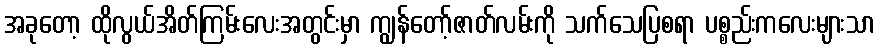
အခုတော့ ထိုလွယ်အိတ်ကြမ်းလေးအတွင်းမှာ ကျွန်တော့်ဇာတ်လမ်းကို သက်သေပြစရာ ပစ္စည်းကလေးများသာ